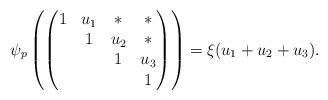
LaTeX: \begin{align*} \psi_p\left(\begin{pmatrix} 1&u_1&*&*\\ &1&u_2&*\\ &&1&u_3\\ &&&1\end{pmatrix}\right) = \xi( u_1+ u_2+ u_3).\end{align*}